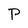
Character: P